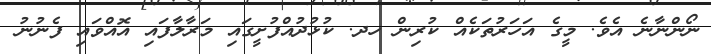
ނޯންނާނެ އެވެ. މީގެ އަހަރުތަކެއް ކުރިން ހދ. ކުޅުދުއްފުށީގައި މަރާލާފައި އޮއްވައި ފެނުނު